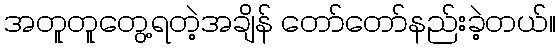
အတူတူတွေ့ရတဲ့အချိန် တော်တော်နည်းခဲ့တယ်။